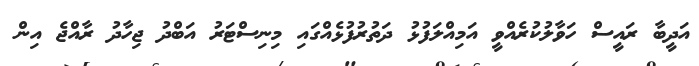
އަދީބާ ރައީސް ހަވާލުކުރެއްވީ އަމިއްލަފުޅު ދަތުރުފުޅެއްގައި މިނިސްޓަރު އަބްދު ޖިހާދު ރާއްޖެ އިން